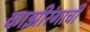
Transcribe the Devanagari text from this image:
काझीरंगाची